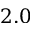
2 . 0